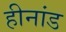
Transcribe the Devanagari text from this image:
हीनांड